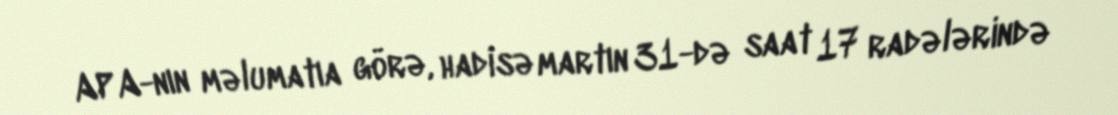
APA-nın məlumatıa görə, hadisə martın 31-də saat 17 radələrində